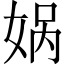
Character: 娲